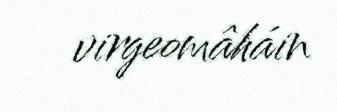
virgeomâháin